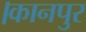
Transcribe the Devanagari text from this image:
।कानपुर